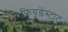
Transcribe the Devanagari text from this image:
फ्रियूडेंस्टाट